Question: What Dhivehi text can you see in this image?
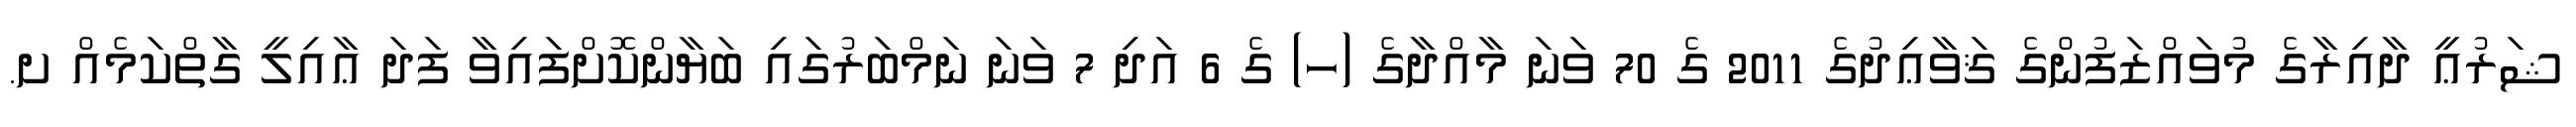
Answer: ޝަރުޢީ ދާއިރާގެ މުވައްޒަފުންގެ ޤަވާޢިދުގެ 2011 ގެ 70 ވަނަ މާއްދާގެ (ހ) ގެ 6 އަދި 7 ވަނަ ނަމްބަރުގައި ބަޔާންކޮށްފައިވާ ފަދަ ޢާއިލީ ގާތްކަމެއް ށ.